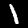
Digit: 1